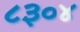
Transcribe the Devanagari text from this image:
८३०४